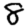
Digit: 8